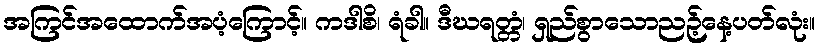
အကြင်အထောက်အပံ့ကြောင့်။ ကဒါစိ၊ ရံခါ။ ဒီဃရတ္တံ၊ ရှည်စွာသောညဉ့်နေ့ပတ်လုံး။